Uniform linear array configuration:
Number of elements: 4
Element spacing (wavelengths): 0.75
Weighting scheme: blackman
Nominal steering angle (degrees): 15
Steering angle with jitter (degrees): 16.844
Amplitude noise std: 0.05
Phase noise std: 0.05

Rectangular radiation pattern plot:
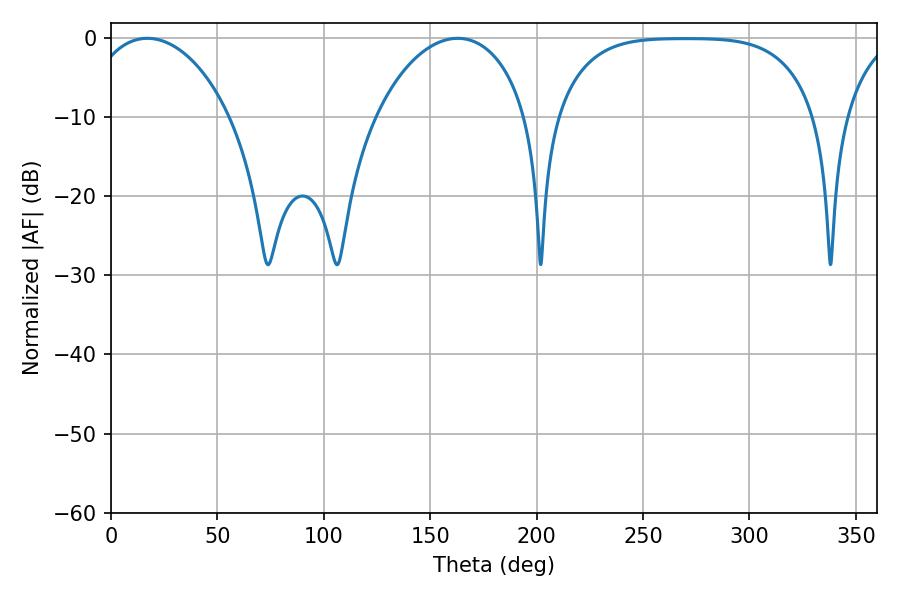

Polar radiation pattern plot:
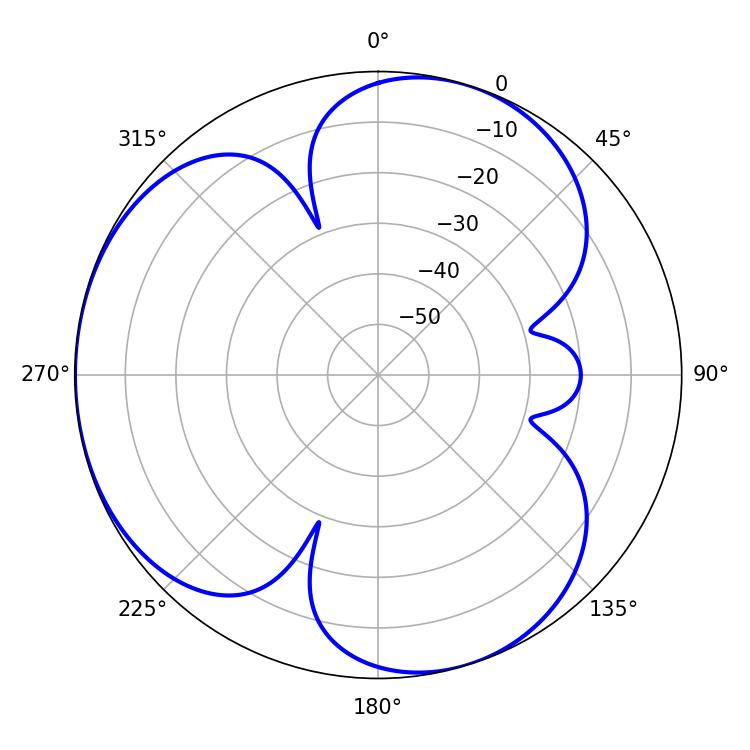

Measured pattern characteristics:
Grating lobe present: TRUE
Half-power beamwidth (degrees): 38.7
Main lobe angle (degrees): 17.1